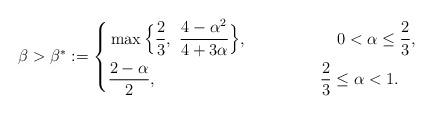
LaTeX: \begin{align*}\beta>\beta^{\ast}:=\left\{\aligned&\max\Big\{\frac{2}{3},\,\,\frac{4-\alpha^{2}}{4+3\alpha}\Big\},\, \,\,\quad\qquad\qquad0<\alpha\leq \frac{2}{3},\\&\frac{2-\alpha}{2},\qquad\qquad\qquad\qquad\qquad\frac{2}{3}\leq \alpha<1.\\\endaligned\right.\end{align*}